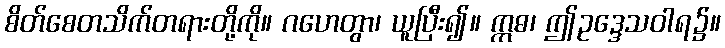
စိတ်စေတသိက်တရားတို့ကို။ ဂဟေတွာ၊ ယူပြီး၍။ ဣဓ၊ ဤဥဒ္ဒေသဝါရ၌။